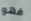
فهو